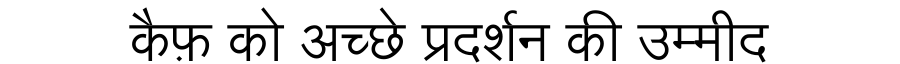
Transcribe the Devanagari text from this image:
कैफ़ को अच्छे प्रदर्शन की उम्मीद